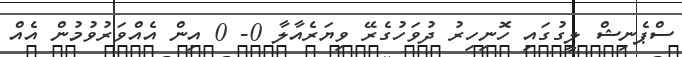
ސްޕެނިޝް ލީގުގައި ހޮނިހިރު ދުވަހުގެރޭ ވިޔަރެއާލާ 0- 0 އިން އެއްވަރުވުމުން އެއް